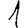
Digit: 1